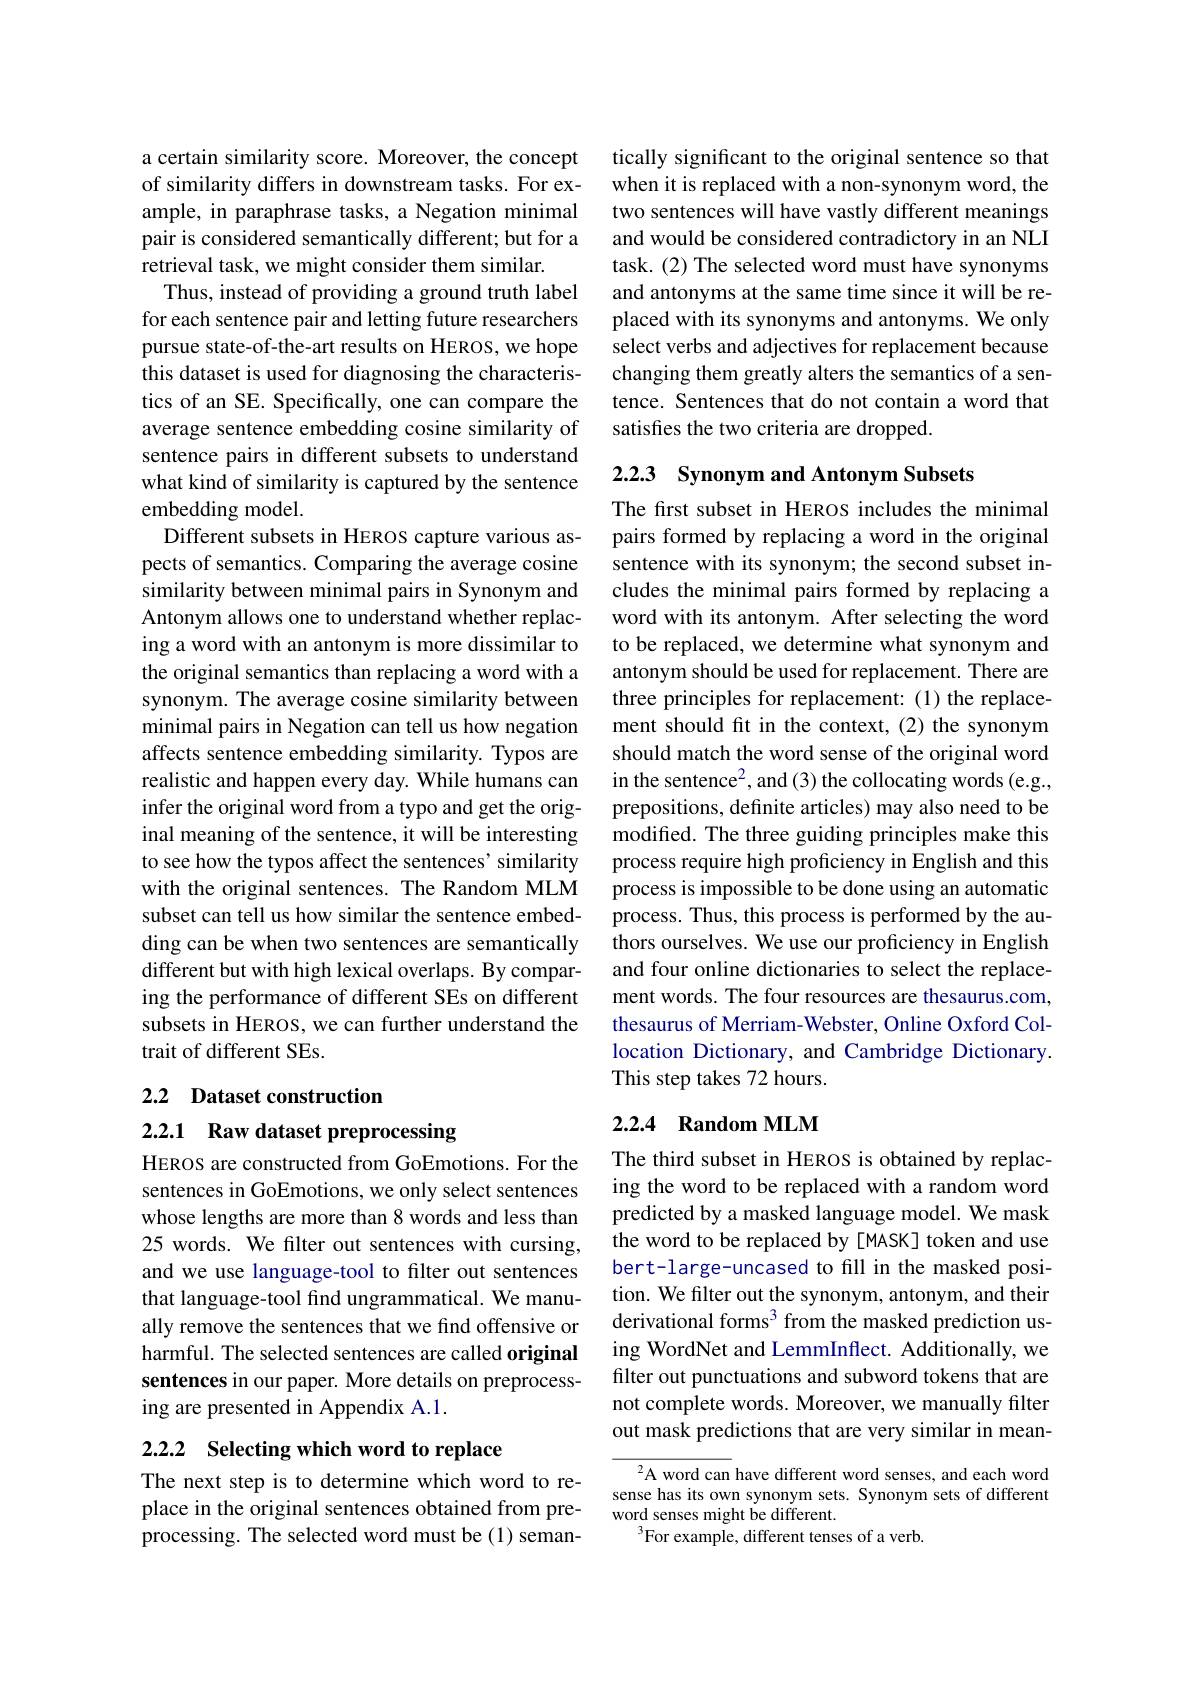
a certain similarity score. Moreover, the concept of similarity differs in downstream tasks. For example, in paraphrase tasks, a Negation minimal pair is considered semantically different; but for a retrieval task, we might consider them similar.
Thus, instead of providing a ground truth label for each sentence pair and letting future researchers pursue state-of-the-art results on HEROS, we hope this dataset is used for diagnosing the characteristics of an SE. Specifically, one can compare the average sentence embedding cosine similarity of sentence pairs in different subsets to understand what kind of similarity is captured by the sentence embedding model.
Different subsets in HEROS capture various aspects of semantics. Comparing the average cosine similarity between minimal pairs in Synonym and Antonym allows one to understand whether replacing a word with an antonym is more dissimilar to the original semantics than replacing a word with a synonym. The average cosine similarity between minimal pairs in Negation can tell us how negation affects sentence embedding similarity. Typos are realistic and happen every day. While humans can infer the original word from a typo and get the original meaning of the sentence, it will be interesting to see how the typos affect the sentences' similarity with the original sentences. The Random MLM subset can tell us how similar the sentence embedding can be when two sentences are semantically different but with high lexical overlaps. By comparing the performance of different SEs on different subsets in HEROS, we can further understand the trait of different SEs.

2.2 Dataset construction

2.2.1 Raw dataset preprocessing

HEROS are constructed from GoEmotions. For the sentences in GoEmotions, we only select sentences whose lengths are more than 8 words and less than 25 words. We filter out sentences with cursing, and we use language-tool to filter out sentences that language-tool find ungrammatical. We manually remove the sentences that we find offensive or harmful. The selected sentences are called original sentences in our paper. More details on preprocessing are presented in Appendix A.1.

# 2.2.2 Selecting which word to replace

The next step is to determine which word to replace in the original sentences obtained from preprocessing. The selected word must be (1) seman-

tically significant to the original sentence so that when it is replaced with a non-synonym word, the two sentences will have vastly different meanings and would be considered contradictory in an NLI task. (2) The selected word must have synonyms and antonyms at the same time since it will be replaced with its synonyms and antonyms. We only select verbs and adjectives for replacement because changing them greatly alters the semantics of a sentence. Sentences that do not contain a word that satisfies the two criteria are dropped.

2.2.3 Synonym and Antonym Subsets

The first subset in HEROS includes the minimal pairs formed by replacing a word in the original sentence with its synonym; the second subset includes the minimal pairs formed by replacing a word with its antonym. After selecting the word to be replaced, we determine what synonym and antonym should be used for replacement. There are three principles for replacement: (1) the replacement should fit in the context, (2) the synonym should match the word sense of the original word in the sentence$^2$,and (3) the collocating words (e.g., prepositions, definite articles) may also need to be modified. The three guiding principles make this process require high proficiency in English and this process is impossible to be done using an automatic process. Thus, this process is performed by the authors ourselves. We use our proficiency in English and four online dictionaries to select the replacement words. The four resources are thesaurus.com, thesaurus of Merriam-Webster, Online Oxford Collocation Dictionary, and Cambridge Dictionary. This step takes 72 hours.

## 2.2.4 Random MLM

The third subset in HEROS is obtained by replacing the word to be replaced with a random word predicted by a masked language model. We mask the word to be replaced by[MASK] token and use bert-large-uncased to fill in the masked position. We filter out the synonym, antonym, and their derivational forms$^{3}$ from the masked prediction using WordNet and LemmInflect. Additionally, we filter out punctuations and subword tokens that are not complete words. Moreover, we manually filter out mask predictions that are very similar in mean-

$^{2}$A word can have different word senses, and each word sense has its own synonym sets. Synonym sets of different word senses might be different.
$^{3}$For example, different tenses of a verb.